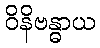
ဝိနိဗန္ဓာယ